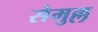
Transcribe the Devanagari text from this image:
सेमुल्ल